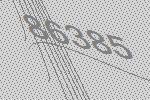
86385